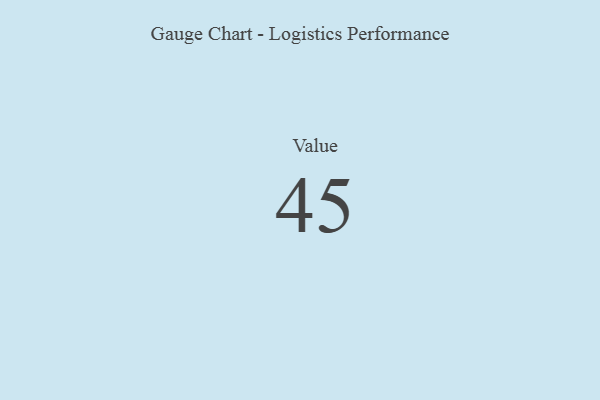
{"axis": {"x": "Metric", "y": "Value"}, "legend": [""], "data": [{"x": "Value", "y": 45, "type": ""}]}